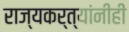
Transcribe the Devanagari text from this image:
राज्यकर्त्यांनीही